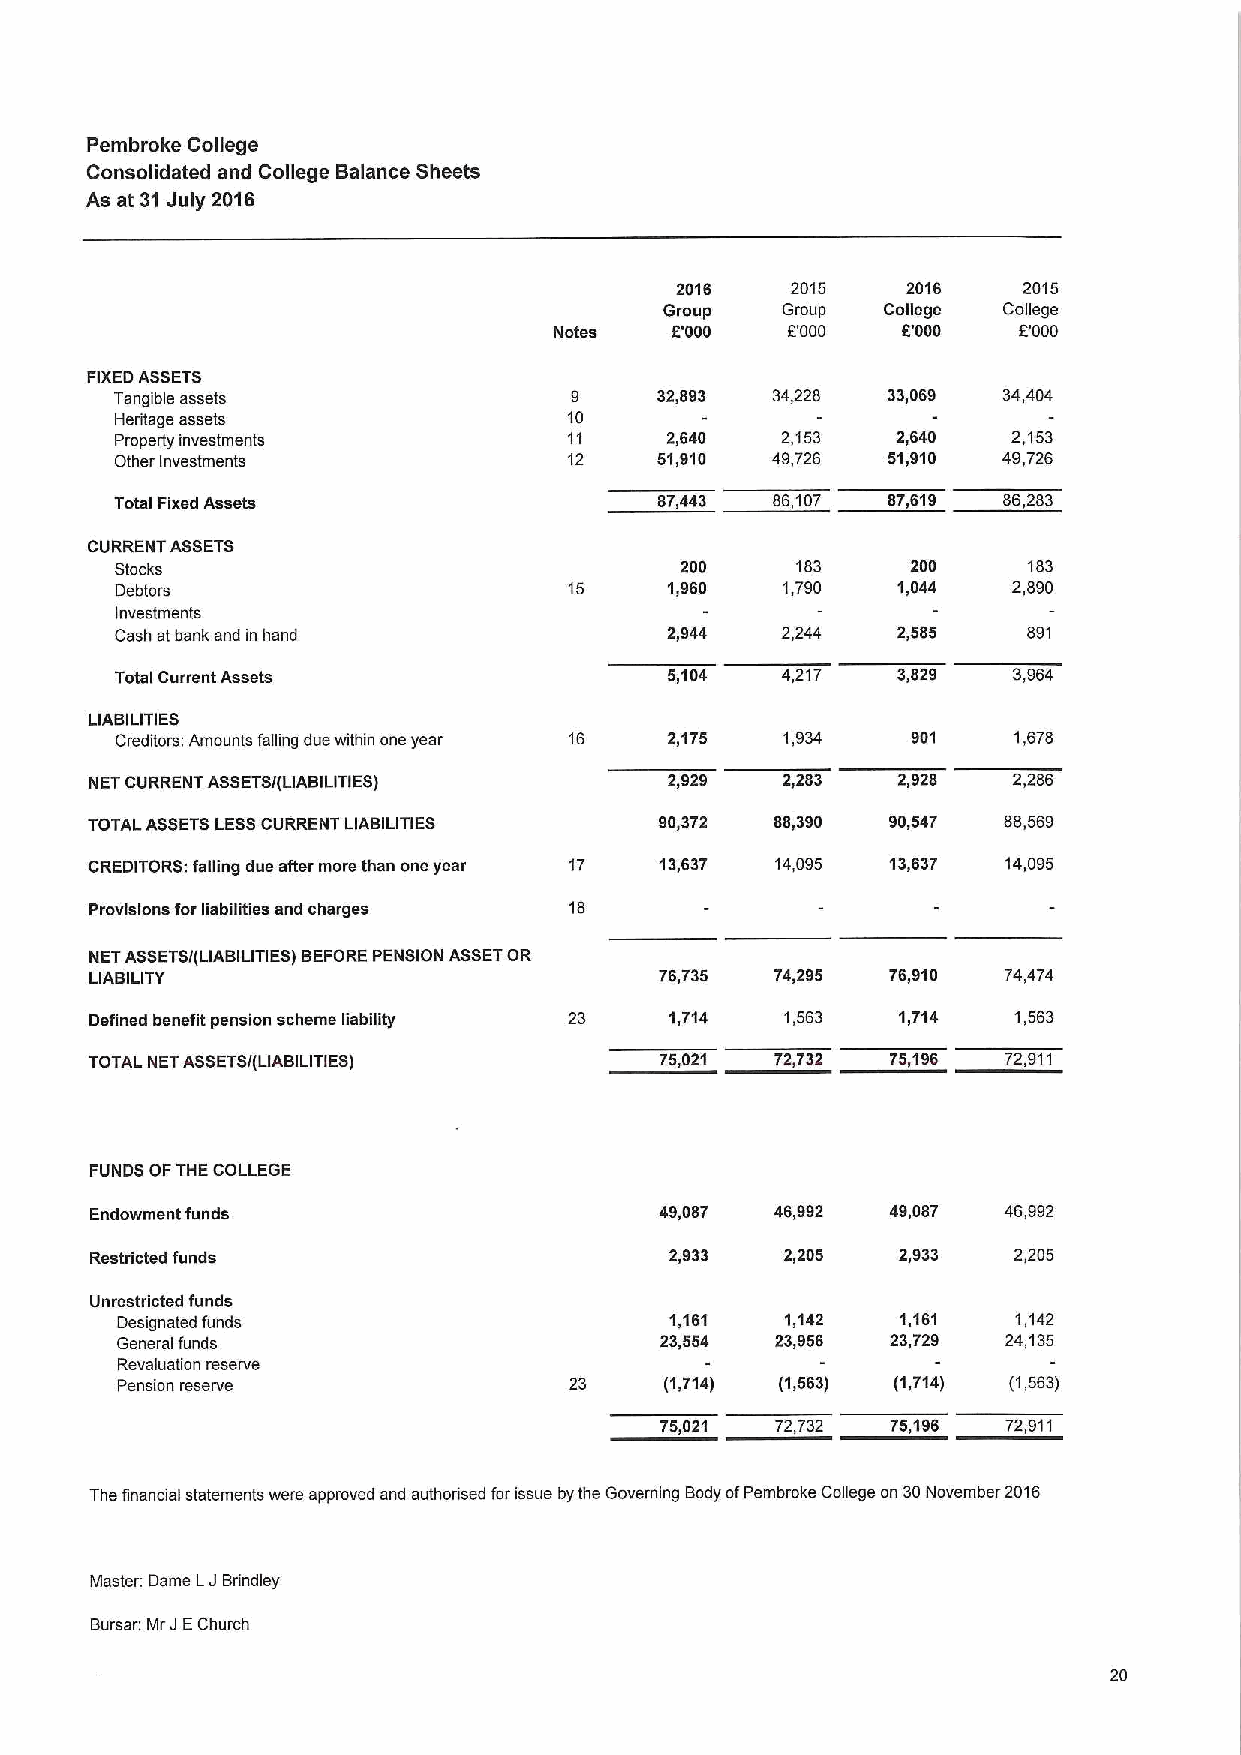
Pembroke College
 Consolidated and College Balance Sheets
 As at 31July 2016
 2016   2015    2016    2015
 Group   Group College College
 Notes  B000    6000    5'000  B000
 FIXEDASSETS
 Tangible assets               9    32,893  34,228  33,069 34,404
 Heritage assets               10
 Property investments          11    2,640   2,153  2,640   2,153
 Other Investments             12   51,910  49,726  51,910 49,726
 Total Fixed Assets                 87,443  88,107  87,619 86,283
 CURRENT ASSETS
 Stocks                               200     183    200     183
 Debtors                       15    1,960   1,790  1,044   2,890
 Investments
 Cash at bank and in hand            2,944   2,244  2,585    891
 Total Current Assets                5,104   4,217  3,829   3,964
 LIABILITIES
 Creditors: Amounts falling due within one year 16 2,175 1,934 901 1,678
 NET CURRENT ASSETS/(LIABILITIES)      2,929   2,283  2,928   2,286
 TOTAL ASSETSLESSCURRENT LIABILITIES   90,372 88,390  90,547 88,569
 CREDITORS: falling due after more than one year 17 13,637 14,095 13,637 14,095
 Provisions for liabilities and charges 18
 NETASSETS/(LIABILITIES) BEFOREPENSION ASSETOR
 LIABILITY                             76,735 74,295  76,910 74,474
 Defined benefit pension scheme liability 23 1,714 1,563 1,714 1,563
 TOTAL NETASSETS/(LIABILITIES)         75,021 72,732  75,196 72,911
 FUNDS OFTHE COLLEGE
 Endowment funds                       49,087 46,992  49,087 46,992
 Restricted funds                      2,933   2,205  2,933   2,205
 Unrestricted funds
 Designated funds                    1,161   1,142   1,161  1,142
 General funds                       23,554 23,956  23,729 24,135
 Revaluation reserve
 Pension reserve               23    (1,714) (1,563) (1,714) (1,563)
 75,021 72,732  75,196  72,911
 The financial statements were approved and authorised forissue bythe Governing Body ofPembroke College on 30November 2016
 Master. Dame LJBrindley
 Bursar: MrJEChurch
 20